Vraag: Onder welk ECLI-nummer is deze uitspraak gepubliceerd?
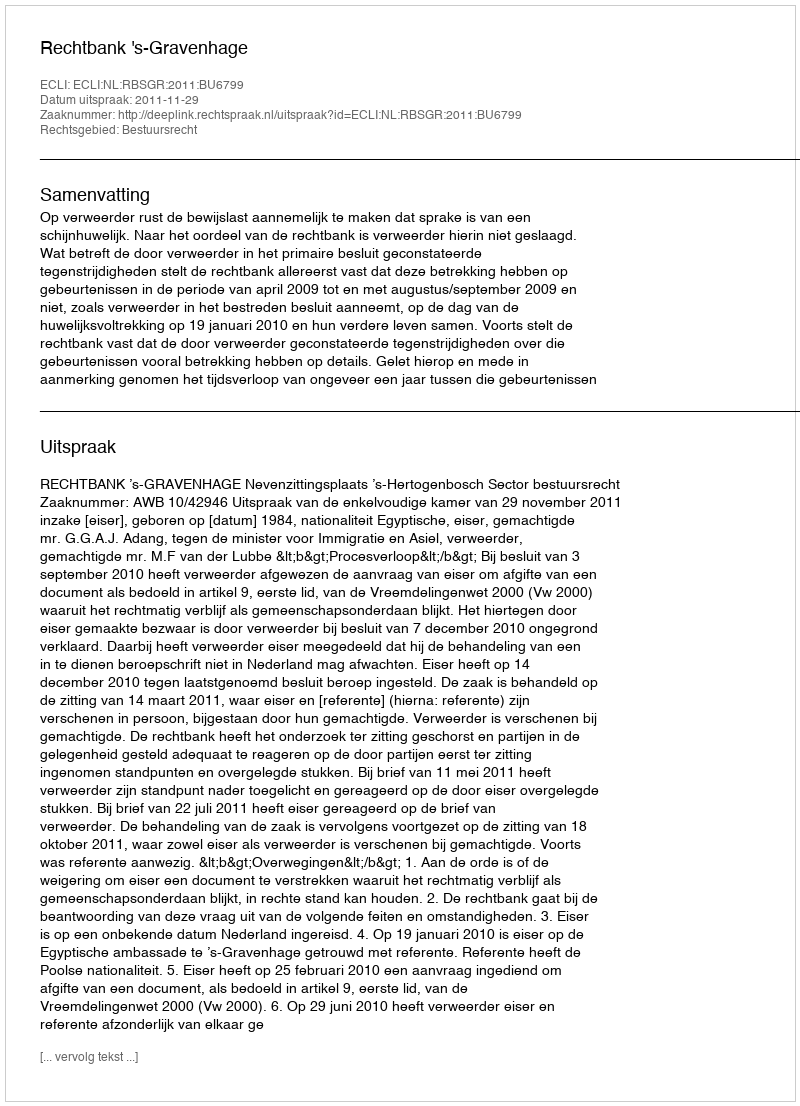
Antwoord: ECLI:NL:RBSGR:2011:BU6799